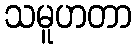
သမူဟတာ